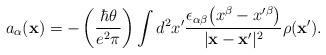
LaTeX: \begin{align*}a_\alpha({\bf x})=-\left({\hbar\theta\over e^2\pi}\right)\int d^2x^\prime {\epsilon_{\alpha\beta}\bigl(x^\beta-x^{\prime\beta}\bigr)\over\vert {\bf x}-{\bf x}^\prime\vert^2}\rho({\bf x}^\prime).\end{align*}